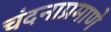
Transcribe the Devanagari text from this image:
चंदनाप्रमाणे